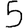
Digit: 5